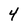
Character: 4